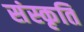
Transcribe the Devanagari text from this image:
संस्‍कृति